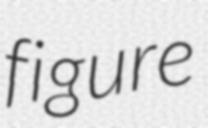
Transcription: figure